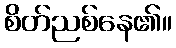
စိတ်ညစ်နေ၏။